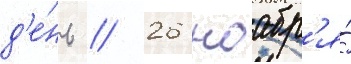
д'е́нь // 26 ноабр'я́